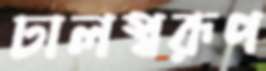
ঢালস্বরূপ